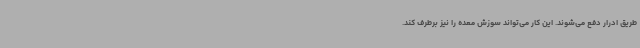
طریق ادرار دفع می‌شوند. این کار می‌تواند سوزش معده را نیز برطرف کند.